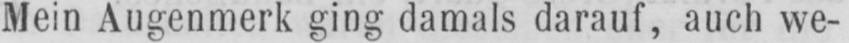
Mein Augenmerk ging damals darauf, auch we-